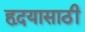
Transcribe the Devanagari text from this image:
हृदयासाठी